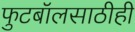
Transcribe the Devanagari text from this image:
फुटबॉलसाठीही